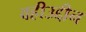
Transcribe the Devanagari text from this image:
वहीउद्दीन